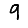
Digit: 9